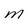
Character: M